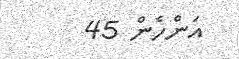
އަންހެން 45